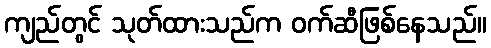
ကျည်တွင် သုတ်ထားသည်က ဝက်ဆီဖြစ်နေသည်။